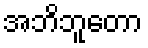
အဘိဘူတော